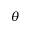
\theta